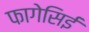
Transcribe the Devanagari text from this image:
फागेसिई